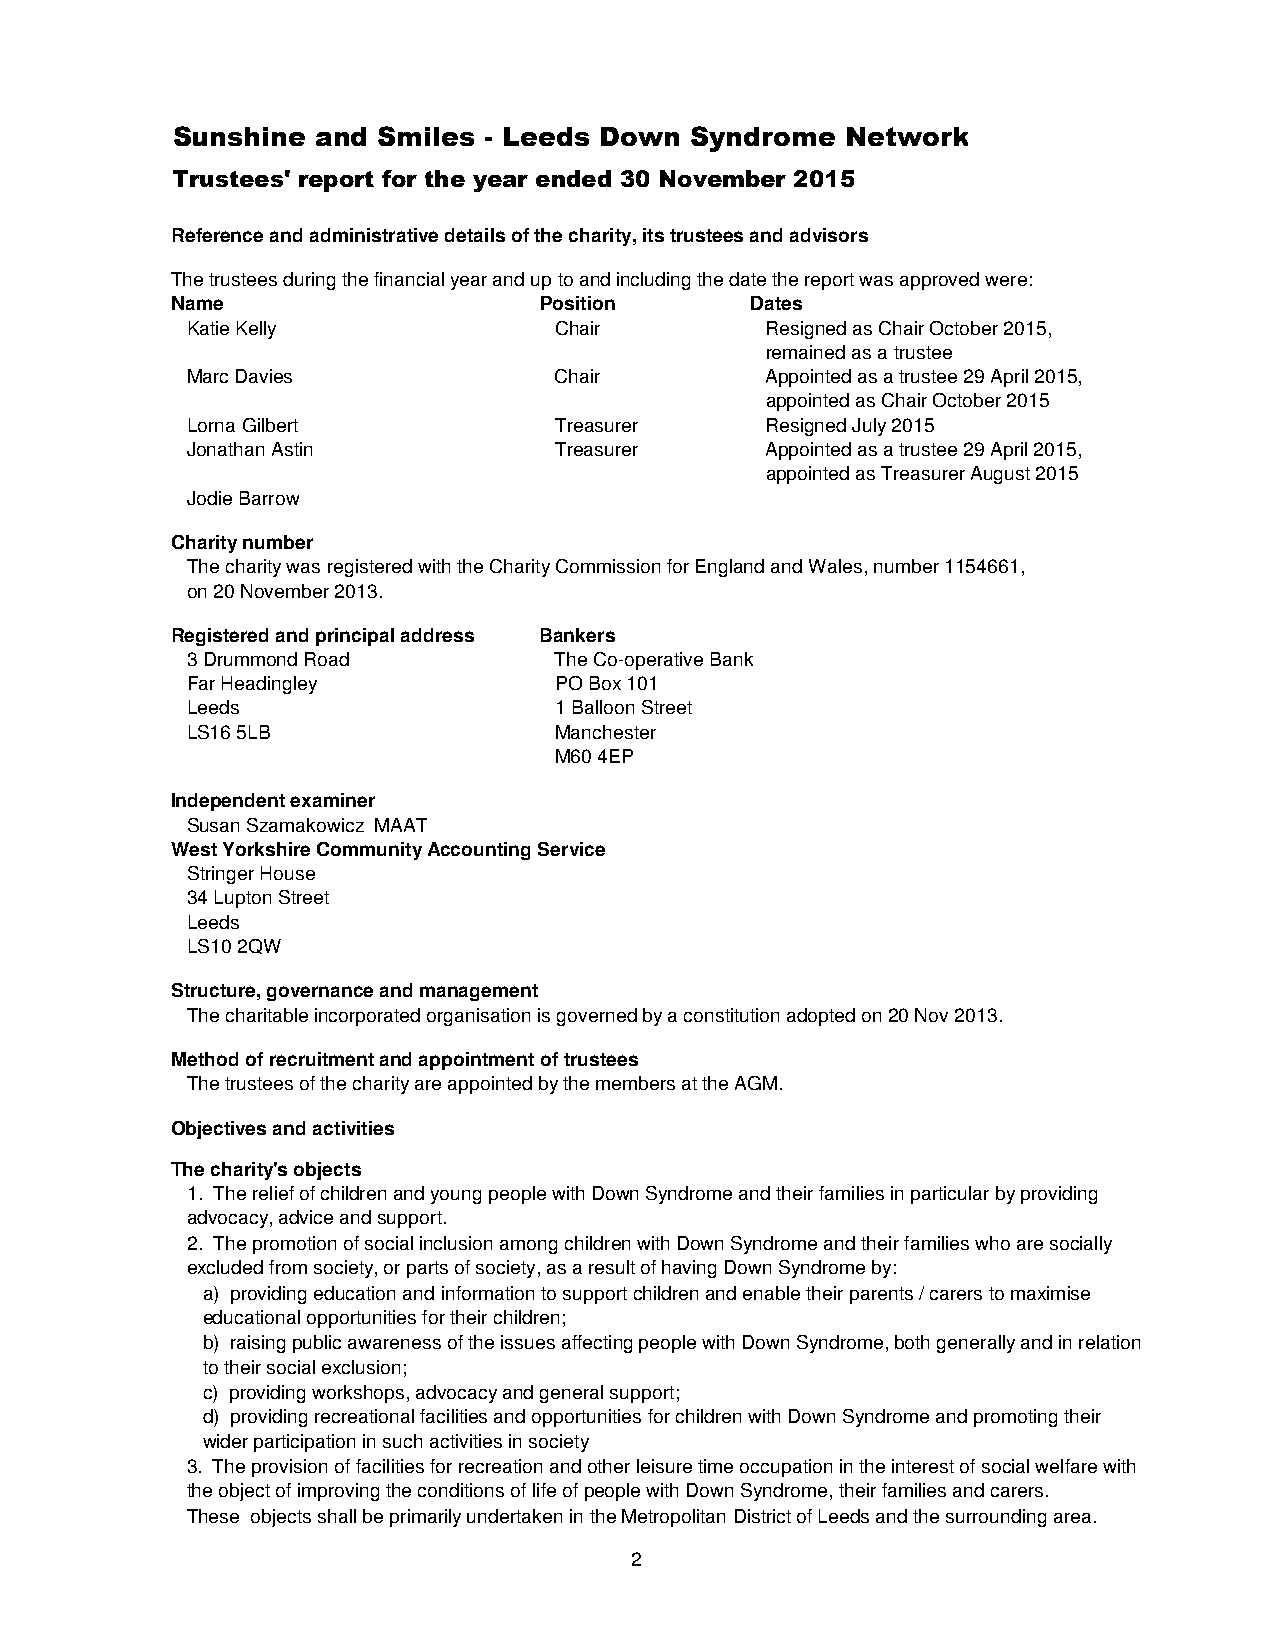
Sunshine  and Smiles - Leeds Down  Syndrome  Network
 Trustees' report for the year ended 30 November 2015
 Reference and administrative details of the charity, its trustees and advisors
 The trustees during the financial year and up to and including the date the report was approved were:
 Name                     Position      Dates
 Katie Kelly              Chair         Resigned as Chair October 2015,
 remained as a trustee
 Marc Davies              Chair         Appointed as a trustee 29 April 2015,
 appointed as Chair October 2015
 Lorna Gilbert            Treasurer     Resigned July 2015
 Jonathan Astin           Treasurer     Appointed as a trustee 29 April 2015,
 appointed as Treasurer August 2015
 Jodie Barrow
 Charity number
 The charity was registered with the Charity Commission for England and Wales, number 1154661,
 on 20 November 2013.
 Registered and principal address Bankers
 3 Drummond Road          The Co-operative Bank
 Far Headingley           PO Box 101
 Leeds                    1 Balloon Street
 LS16 5LB                 Manchester
 M60 4EP
 Independent examiner
 Susan Szamakowicz MAAT
 West Yorkshire Community Accounting Service
 Stringer House
 34 Lupton Street
 Leeds
 LS10 2QW
 Structure, governance and management
 The charitable incorporated organisation is governed by a constitution adopted on 20 Nov 2013.
 Method of recruitment and appointment of trustees
 The trustees of the charity are appointed by the members at the AGM.
 Objectives and activities
 The charity's objects
 1. The relief of children and young people with Down Syndrome and their families in particular by providing
 advocacy, advice and support.
 2. The promotion of social inclusion among children with Down Syndrome and their families who are socially
 excluded from society, or parts of society, as a result of having Down Syndrome by:
 a) providing education and information to support children and enable their parents / carers to maximise
 educational opportunities for their children;
 b) raising public awareness of the issues affecting people with Down Syndrome, both generally and in relation
 to their social exclusion;
 c) providing workshops, advocacy and general support;
 d) providing recreational facilities and opportunities for children with Down Syndrome and promoting their
 wider participation in such activities in society
 3. The provision of facilities for recreation and other leisure time occupation in the interest of social welfare with
 the object of improving the conditions of life of people with Down Syndrome, their families and carers.
 These objects shall be primarily undertaken in the Metropolitan District of Leeds and the surrounding area.
 2